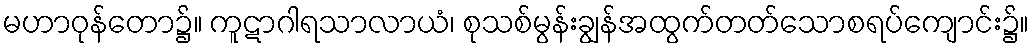
မဟာဝုန်တော၌။ ကူဋာဂါရသာလာယံ၊ စုသစ်မွန်းချွန်အထွက်တတ်သောစရပ်ကျောင်း၌။